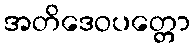
အတိဒေဝပတ္တော